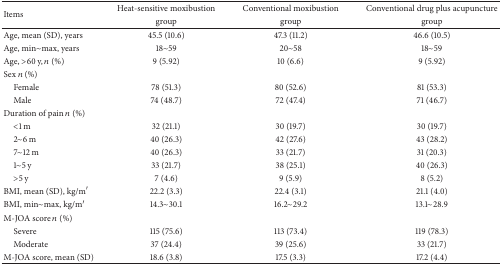
| <ROWSPAN=2> Items | Heat-sensitive moxibustion | Conventional moxibustion | Conventional drug plus acupuncture |
 | group | group | group |
 | --- | --- | --- | --- |
 | Age, mean (SD), years | 45.5 (10.6) | 47.3 (11.2) | 46.6 (10.5) |
 | Age, min~max, years | 18~59 | 20~58 | 18~59 |
 | Age, >60 y, n (%) | 9 (5.92) | 10 (6.6) | 9 (5.92) |
 | Sex n (%) |  |  |  |
 | Female | 78 (51.3) | 80 (52.6) | 81 (53.3) |
 | Male | 74 (48.7) | 72 (47.4) | 71 (46.7) |
 | Duration of pain n (%) |  |  |  |
 | <1 m | 32 (21.1) | 30 (19.7) | 30 (19.7) |
 | 2~6 m | 40 (26.3) | 42 (27.6) | 43 (28.2) |
 | 7~12 m | 40 (26.3) | 33 (21.7) | 31 (20.3) |
 | 1~5 y | 33 (21.7) | 38 (25.1) | 40 (26.3) |
 | >5 y | 7 (4.6) | 9 (5.9) | 8 (5.2) |
 | BMI, mean (SD), kg/m′ | 22.2 (3.3) | 22.4 (3.1) | 21.1 (4.0) |
 | BMI, min~max, kg/m′ | 14.3~30.1 | 16.2~29.2 | 13.1~28.9 |
 | M-JOA score n (%) |  |  |  |
 | Severe | 115 (75.6) | 113 (73.4) | 119 (78.3) |
 | Moderate | 37 (24.4) | 39 (25.6) | 33 (21.7) |
 | M-JOA score, mean (SD) | 18.6 (3.8) | 17.5 (3.3) | 17.2 (4.4) |